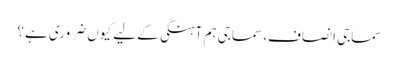
سماجی انصاف، سماجی ہم آہنگی کے لیے کیوں ضروری ہے؟